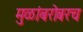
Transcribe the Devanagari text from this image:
मुळांबरोबरच